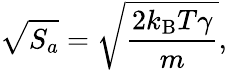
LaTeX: \sqrt{S_{a}}=\sqrt{\frac{2k_{\mathrm{B}}T\gamma}{m}},